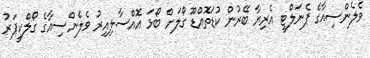
ވެލެންސިއާގެ ޕެނަލްޓީ އެރިޔާ ބޭރުން ކުޑަތޮއްޑޫ ގޯލަށް ބޯޅަ އޮއްސާލިއިރު ވެލެންސިއާގެ ގޯލްކީޕަރު